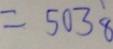
= 5 0 3 8